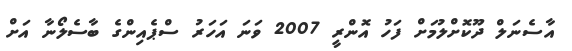
އާސެނަލް ދޫކޮށްލުމަށް ފަހު އޮންރީ 2007 ވަނަ އަހަރު ސްޕެއިންގެ ބާސެލޯނާ އަށް